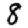
Digit: 8